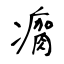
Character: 瘸